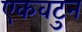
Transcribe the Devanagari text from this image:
एकवटुन